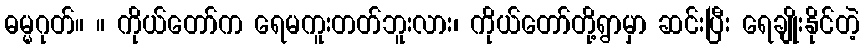
ဓမ္မဂုတ်။ ။ ကိုယ်တော်က ရေမကူးတတ်ဘူးလား၊ ကိုယ်တော်တို့ရွာမှာ ဆင်းပြီး ရေချိုးနိုင်တဲ့